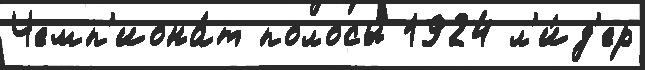
Чемп'иона́т полосы́ 1924 л'и́д'ер